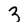
Character: 3